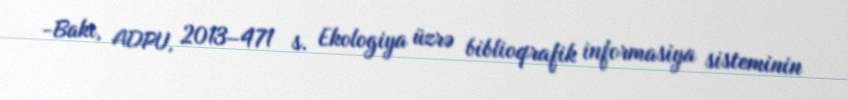
-Bakı, ADPU, 2013–471 s. Ekologiya üzrə biblioqrafik informasiya sisteminin